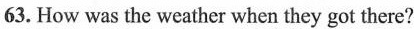
63. How was the weather when they got there?